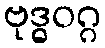
ဗုဒ္ဓဝဂ္ဂ